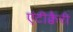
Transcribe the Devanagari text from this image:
एंटीक्वैरी